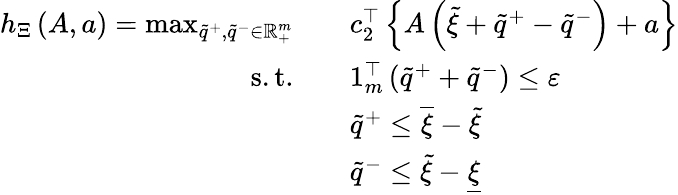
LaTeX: \begin{array}{rl}{h_{\Xi}\left(A,a\right)=\operatorname*{max}_{\tilde{q}^{+},\tilde{q}^{-}\in{\mathbb R}_{+}^{m}}\quad}&{c_{2}^{\top}\left\{ A\left(\tilde{\xi}+\tilde{q}^{+}-\tilde{q}^{-}\right)+a\right\} }\\ {\mathrm{s.t.}\quad}&{1_{m}^{\top}\left(\tilde{q}^{+}+\tilde{q}^{-}\right)\leq\varepsilon}\\ &{\tilde{q}^{+}\leq\overline{{\xi}}-\tilde{\xi}}\\ &{\tilde{q}^{-}\leq\tilde{\xi}-\underline{{\xi}}}\end{array}